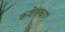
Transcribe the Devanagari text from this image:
कशेरुकाएं